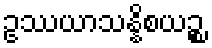
ဥဿယာသန္နိစယဉ္စ